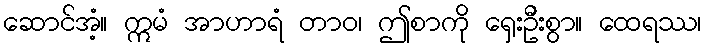
ဆောင်အံ့။ ဣမံ အာဟာရံ တာဝ၊ ဤစာကို ရှေးဦးစွာ။ ထေရဿ၊